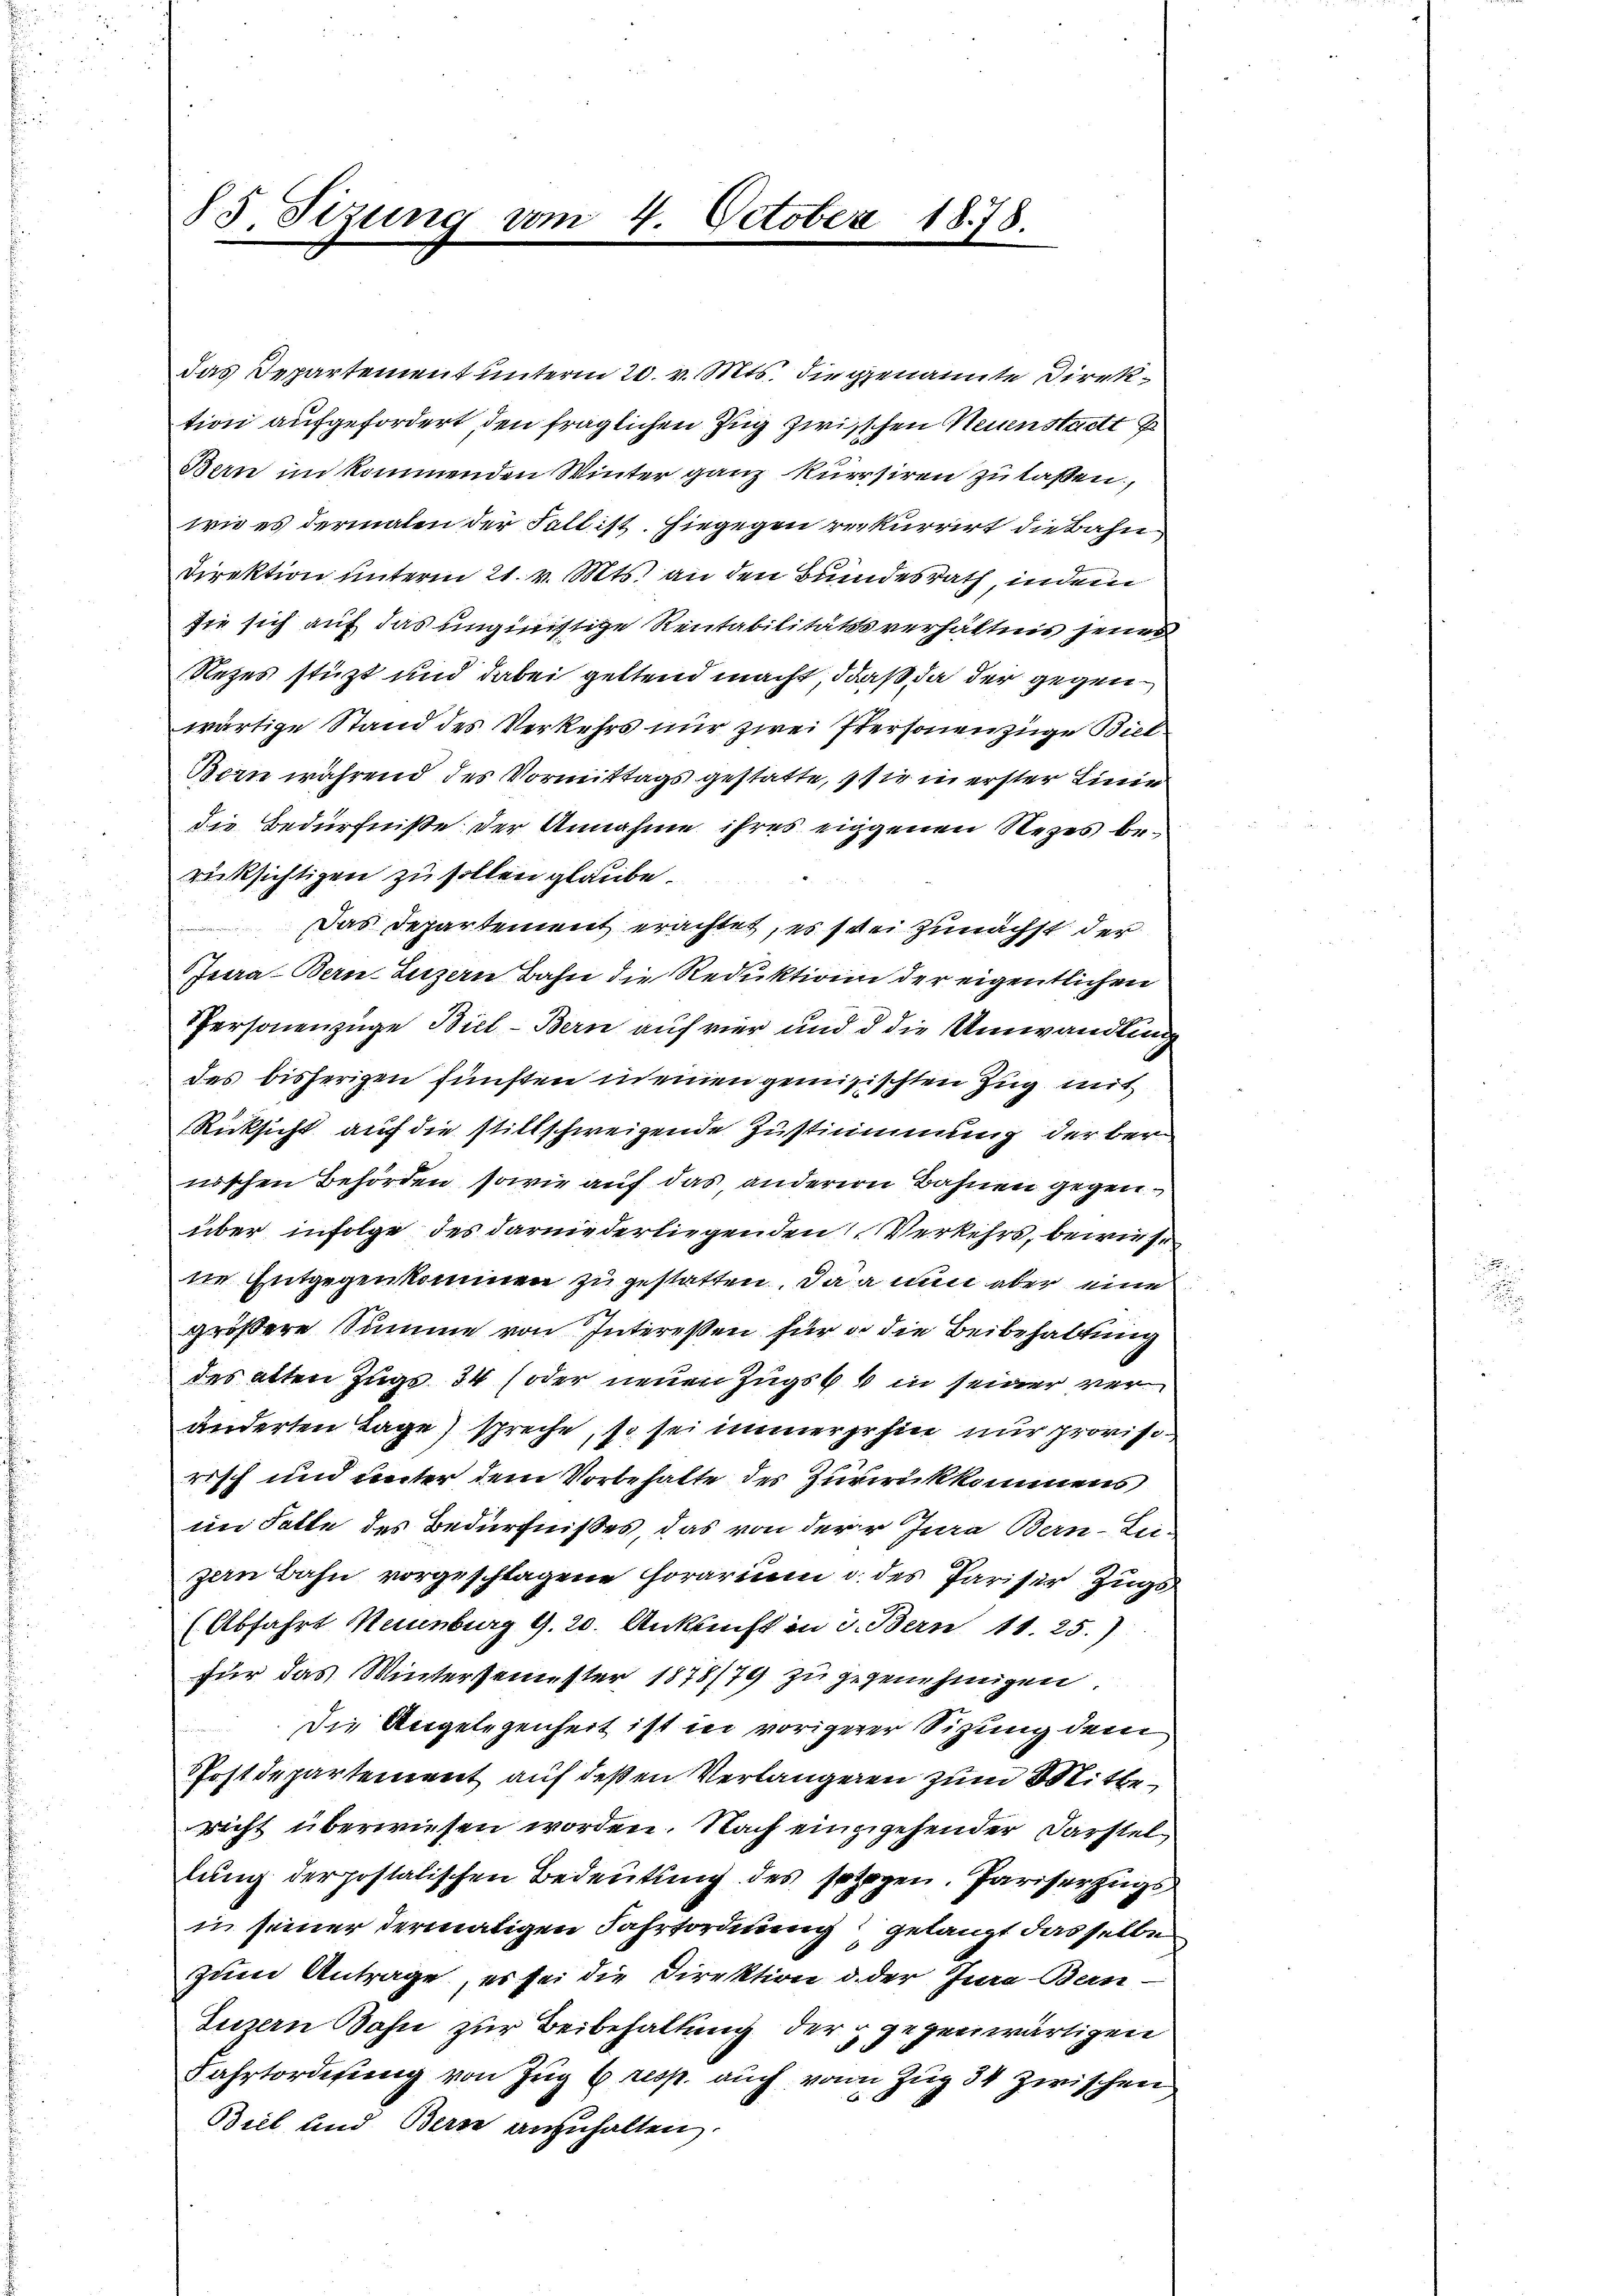
Das Departement unterm 20. v. Mts. die genannte Direktion aufgefordert den fraglichen Zug zwischen Neuenstadt P
Bern im kommenden Winter ganz kursiren zu lassen,
wie es dermalen der Fall ist. Hiegegen rekurrirt die Bahn
Direktion unterm 21. v. Mts. an den Bundesrath, indem
sie sich auf das ungünstige Reitabilitätssverhältnis jenes
Rezes stüzt und dabei geltend macht, daß da der gegenwärtige Stand des Verkehrs nur zwei Personenzüge Biel
Bern während des Vormittags gestatte, sie in erster Linie
die Bedürfniße der Annahme ihres eiggenen Rezes berücksichtigen zu sollen glaube.
Das Departement erachtet, es sei zunächst der
Jura. Bern, Luzern Bahn die Reduktion der eigentlichen
Personenzüge Biel - Bern auf vier und d die Umwandlung
das bisherigen Fünsten in einen genesischten Zug mit
Rücksicht auf die stillschweigende Zustimmung der ber
nischen Behörden, sowie auf das anderern Bahnen gegenüber infolge des darniederliegenden Verkehrs, bewiesne Entgegenkommen zu gestatten. Da a nun aber eine
größere Summe von Interessen für d. die Beibehaltung
des alten Zugs 34 (oder neuen Zugs 6 % in seiner ver
änderten Tage) spreche, so sei immer gehin nur provisorisch und unter dem Vorbehalte des Zurirükkommens
im Falle des Bedürfnißes, das von der Jura Bern-Lei-
zan Bahn vorgeschlagene Horarium d. des Pariser Zugs
(Abfahrt Hainburg 9. 20. Ankunft in d. Bern 11. 25.)
für das Wintersemester 1878/79 zu gegenehmigen
Die Angelegenheit ist in vorigerer Sitzung dem
Postdepartement auf deßen Verlangenen zum Mittericht überwiesen worden. Nach einzugehender Darstellung der postatischen Bedeutung des sogen. Pariserzugs
in seiner dermaligen Fahrtordnung gelangt dasselbe
zum Antrage, es sei die Direktion d. der Jura-Bein-
Luzern Bahn zur Beibehaltung der gegenwärtigen
Fahrtordigung von Zug 6 resp. auch von Zug 34 zwischen
Biel und Berne anzuhalten.

85. Sizung vom 4. October 1878.